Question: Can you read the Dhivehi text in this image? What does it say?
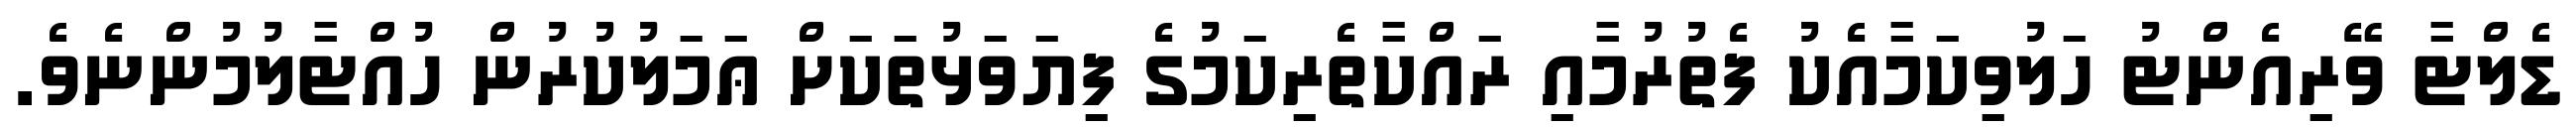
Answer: ޑެލްޓާ ވޭރިއެންޓު ހަލުވިކަމާއެކު ފެތުރުމާއި ރައްކާތެރިކަމުގެ ފިޔަވަޅުތަކަށް ޢަމަލުކުރުން ހުއްޓާލުމުންނެވެ.